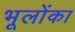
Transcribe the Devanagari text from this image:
भूलोंका